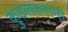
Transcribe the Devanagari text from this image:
कुंडलकरांनी